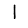
Digit: 1